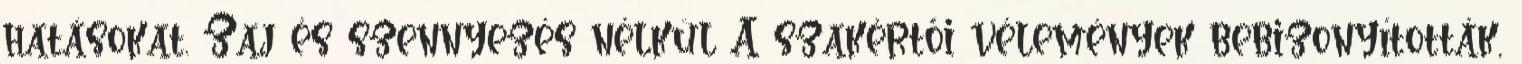
hatásokat. Zaj és szennyezés nélkül A szakértői vélemények bebizonyították,